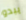
يبدو